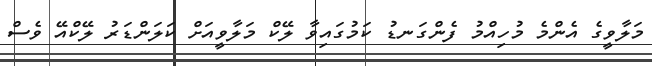
މަލާވީގެ އެންމެ މުހިއްމު ފެންގަނޑު ކަމުގައިވާ ލޭކް މަލާވީއަށް ކަލަންޑަރު ލޭކްއޭ ވެސް